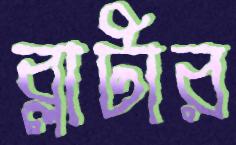
ব্লাটার